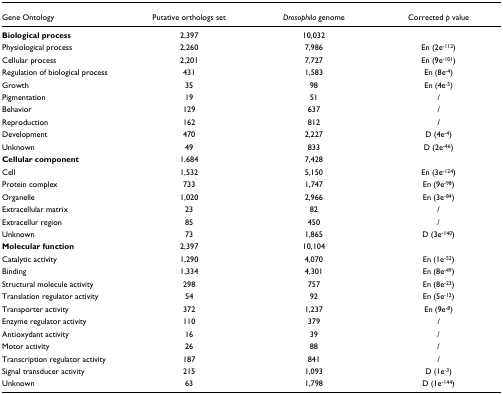
<table><thead><tr><td><b>Gene Ontology</b></td><td><b>Putative orthologs set</b></td><td><b><i>Drosophila </i>genome</b></td><td><b>Corrected <i>p</i> value</b></td></tr></thead><tbody><tr><td><b>Biological process</b></td><td>2,397</td><td>10,032</td><td></td></tr><tr><td>Physiological process</td><td>2,260</td><td>7,986</td><td>En (2e<sup>-112</sup>)</td></tr><tr><td>Cellular process</td><td>2,201</td><td>7,727</td><td>En (9e<sup>-101</sup>)</td></tr><tr><td>Regulation of biological process</td><td>431</td><td>1,583</td><td>En (8e<sup>-4</sup>)</td></tr><tr><td>Growth</td><td>35</td><td>98</td><td>En (4e<sup>-5</sup>)</td></tr><tr><td>Pigmentation</td><td>19</td><td>51</td><td>/</td></tr><tr><td>Behavior</td><td>129</td><td>637</td><td>/</td></tr><tr><td>Reproduction</td><td>162</td><td>812</td><td>/</td></tr><tr><td>Development</td><td>470</td><td>2,227</td><td>D (4e<sup>-4</sup>)</td></tr><tr><td>Unknown</td><td>49</td><td>833</td><td>D (2e<sup>-46</sup>)</td></tr><tr><td><b>Cellular component</b></td><td>1,684</td><td>7,428</td><td></td></tr><tr><td>Cell</td><td>1,532</td><td>5,150</td><td>En (3e<sup>-124</sup>)</td></tr><tr><td>Protein complex</td><td>733</td><td>1,747</td><td>En (9e<sup>-98</sup>)</td></tr><tr><td>Organelle</td><td>1,020</td><td>2,966</td><td>En (3e<sup>-84</sup>)</td></tr><tr><td>Extracellular matrix</td><td>23</td><td>82</td><td>/</td></tr><tr><td>Extracellur region</td><td>85</td><td>450</td><td>/</td></tr><tr><td>Unknown</td><td>73</td><td>1,865</td><td>D (3e<sup>-140</sup>)</td></tr><tr><td><b>Molecular function</b></td><td>2,397</td><td>10,104</td><td></td></tr><tr><td>Catalytic activity</td><td>1,290</td><td>4,070</td><td>En (1e<sup>-52</sup>)</td></tr><tr><td>Binding</td><td>1,334</td><td>4,301</td><td>En (8e<sup>-49</sup>)</td></tr><tr><td>Structural molecule activity</td><td>298</td><td>757</td><td>En (8e<sup>-23</sup>)</td></tr><tr><td>Translation regulator activity</td><td>54</td><td>92</td><td>En (5e<sup>-12</sup>)</td></tr><tr><td>Transporter activity</td><td>372</td><td>1,237</td><td>En (9e<sup>-8</sup>)</td></tr><tr><td>Enzyme regulator activity</td><td>110</td><td>379</td><td>/</td></tr><tr><td>Antioxydant activity</td><td>16</td><td>39</td><td>/</td></tr><tr><td>Motor activity</td><td>26</td><td>88</td><td>/</td></tr><tr><td>Transcription regulator activity</td><td>187</td><td>841</td><td>/</td></tr><tr><td>Signal transducer activity</td><td>215</td><td>1,093</td><td>D (1e<sup>-3</sup>)</td></tr><tr><td>Unknown</td><td>63</td><td>1,798</td><td>D (1e<sup>-144</sup>)</td></tr></tbody></table>